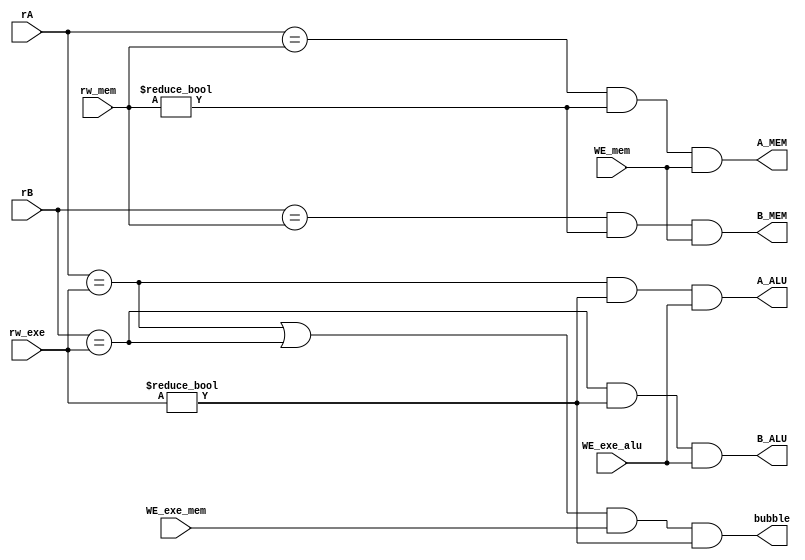
`timescale 1ns / 1ps
module redirection(
    input [4:0] rA,
    input [4:0] rB,

    input [4:0] rw_exe,
    input WE_exe_alu,
    input WE_exe_mem,

    input [4:0] rw_mem,
    input WE_mem,

    output A_ALU,
    output B_ALU,
    output A_MEM,
    output B_MEM,
    output bubble
    );
    
    assign A_ALU = (rA == rw_exe) && (rw_exe != 4'b0000) && WE_exe_alu;
    assign B_ALU = (rB == rw_exe) && (rw_exe != 4'b0000) && WE_exe_alu;


    assign A_MEM = (rA == rw_mem) && (rw_mem != 4'b0000) && WE_mem;
    assign B_MEM = (rB == rw_mem) && (rw_mem != 4'b0000) && WE_mem;

    assign bubble = ((rA == rw_exe) || (rB == rw_exe)) && WE_exe_mem && (rw_exe != 4'b0000);

endmodule